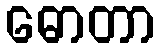
ဓောတာ